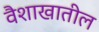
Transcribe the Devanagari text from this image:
वैशाखातील